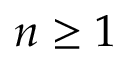
n \ge 1